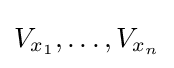
V_{x_{1}},\dots ,V_{x_{n}}